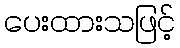
ပေးထားသဖြင့်